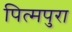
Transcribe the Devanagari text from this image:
पित्मपुरा